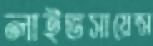
লাইভসায়েন্স